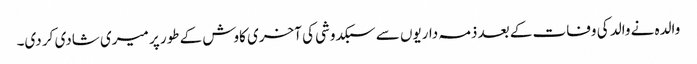
والدہ نے والد کی وفات کے بعد ذمہ داریوں سے سبکدوشی کی آخری کاوش کے طور پر میری شادی کر دی۔